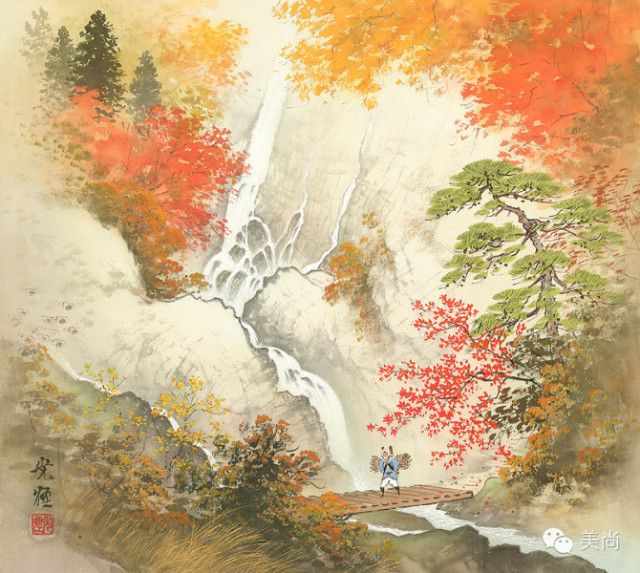
碧云天，黄叶地，秋色连波，波上寒烟翠。